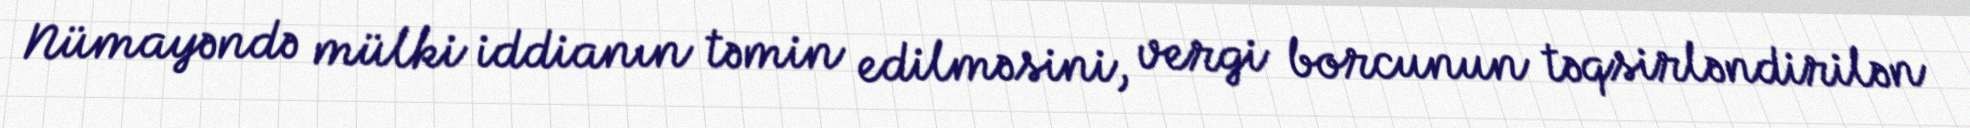
Nümayəndə mülki iddianın təmin edilməsini, vergi borcunun təqsirləndirilən